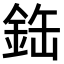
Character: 𫒘